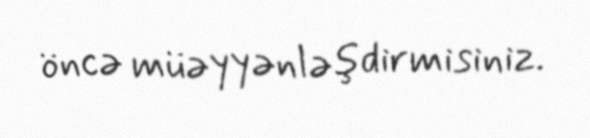
öncə müəyyənləşdirmisiniz.